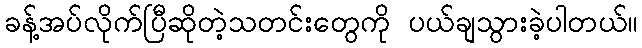
ခန့်အပ်လိုက်ပြီဆိုတဲ့သတင်းတွေကို ပယ်ချသွားခဲ့ပါတယ်။